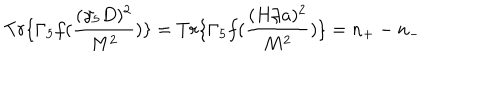
T r \{ \Gamma _ { 5 } f ( \frac { ( \gamma _ { 5 } D ) ^ { 2 } } { M ^ { 2 } } ) \} = T r \{ \Gamma _ { 5 } f ( \frac { ( H / a ) ^ { 2 } } { M ^ { 2 } } ) \} = n _ { + } - n _ { - }